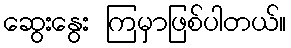
ဆွေးနွေး ကြမှာဖြစ်ပါတယ်။